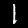
Label: 1